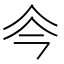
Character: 𠇏